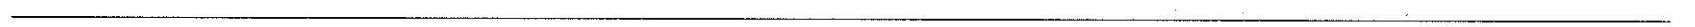
___